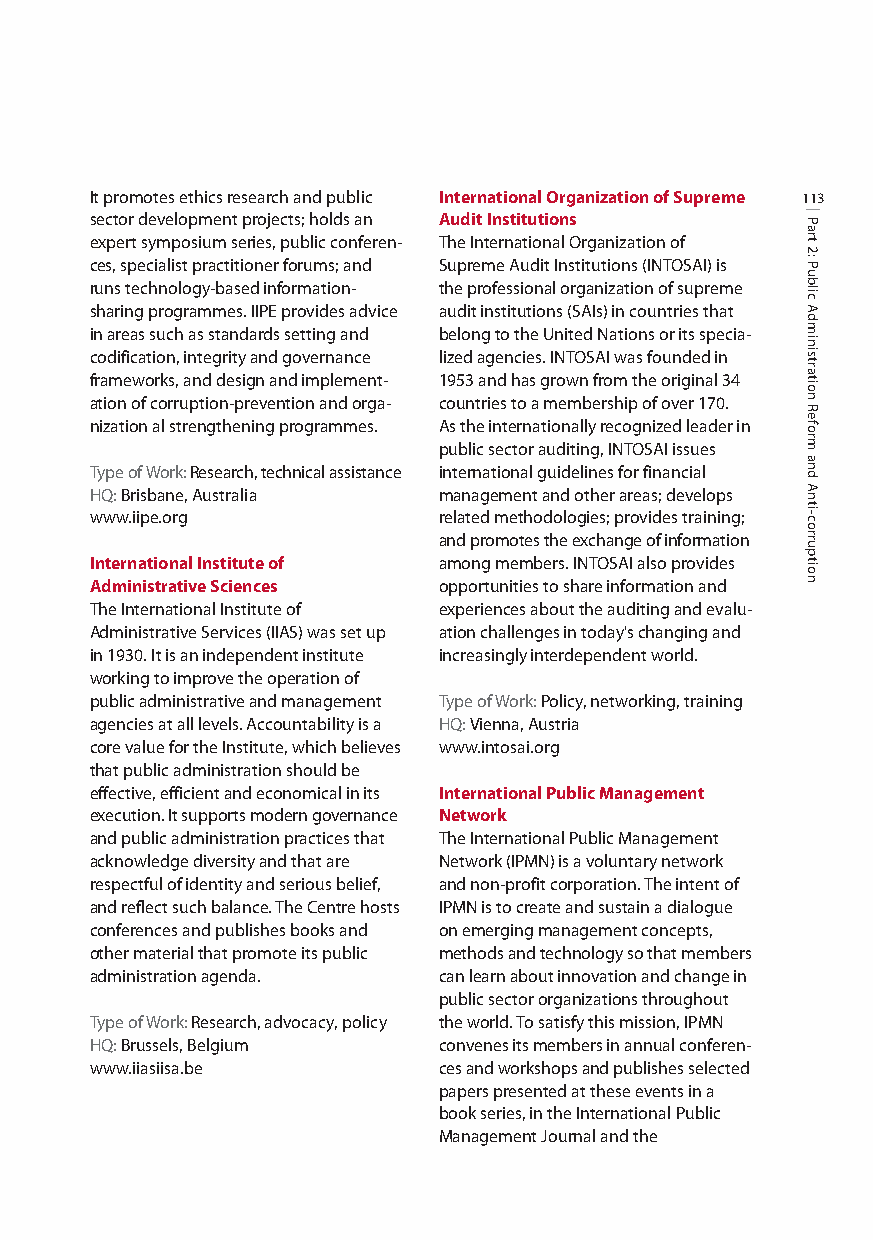
It promotes ethics research and public International Organization of Supreme 113
 sector development projects; holds an Audit Institutions
 expert symposium series, public conferen- The International Organization of
 ces, specialist practitioner forums; and Supreme Audit Institutions (INTOSAI) is
 runs technology-based information- the professional organization of supreme
 sharing programmes. IIPE provides advice audit institutions (SAIs) in countries that
 in areas such as standards setting and belong to the United Nations or its specia-
 codification, integrity and governance lized agencies. INTOSAI was founded in
 frameworks, and design and implement- 1953 and has grown from the original 34
 ation of corruption-prevention and orga- countries to a membership of over 170.
 nization al strengthening programmes. As the internationally recognized leader in
 public sector auditing, INTOSAI issues
 Type ofWork: Research, technical assistance international guidelines for financial
 HQ: Brisbane, Australia management and other areas; develops
 www.iipe.org           related methodologies; provides training;
 and promotes the exchange of information
 International Institute of among members. INTOSAI also provides
 Administrative Sciences opportunities to share information and
 The International Institute of experiences about the auditing and evalu-
 Administrative Services (IIAS) was set up ation challenges in today's changing and
 in 1930. It is an independent institute increasingly interdependent world.
 working to improve the operation of
 public administrative and management Type ofWork: Policy, networking, training
 agencies at all levels. Accountability is a HQ: Vienna, Austria
 core value for the Institute, which believes www.intosai.org
 that public administration should be
 effective, efficient and economical in its International Public Management
 execution. It supports modern governance Network
 and public administration practices that The International Public Management
 acknowledge diversity and that are Network (IPMN) is a voluntary network
 respectful of identity and serious belief, and non-profit corporation. The intent of
 and reflect such balance. The Centre hosts IPMN is to create and sustain a dialogue
 conferences and publishes books and on emerging management concepts,
 other material that promote its public methods and technology so that members
 administration agenda. can learn about innovation and change in
 public sector organizations throughout
 Type ofWork: Research, advocacy, policy the world. To satisfy this mission, IPMN
 HQ: Brussels, Belgium  convenes its members in annual conferen-
 www.iiasiisa.be        ces and workshops and publishes selected
 papers presented at these events in a
 book series, in the International Public
 Management Journal and the
 Part
 2:
 Public
 Administration
 Reform
 and
 Anti-corruption